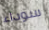
سوداء